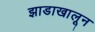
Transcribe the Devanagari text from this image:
झाडाखालून